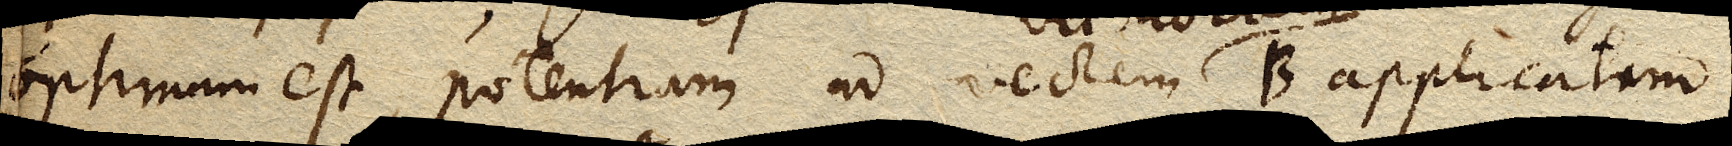
optimum est, potentiam ad vectem B applicatam